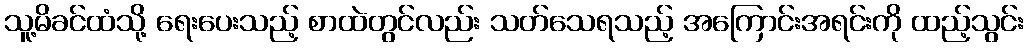
သူ့မိခင်ထံသို့ ရေးပေးသည့် စာထဲတွင်လည်း သတ်သေရသည့် အကြောင်းအရင်းကို ထည့်သွင်း